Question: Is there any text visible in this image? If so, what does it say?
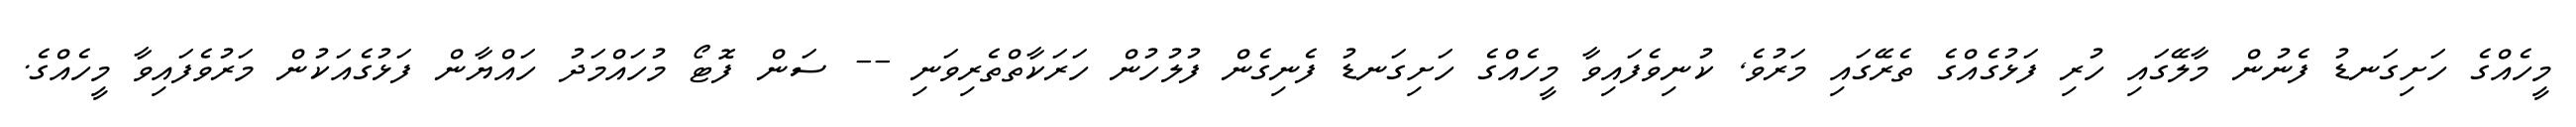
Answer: މީހެއްގެ ހަށިގަނޑު ފެނުން މާލޭގައި ހުރި ފަޅުގެއްގެ ތެރޭގައި މަރުވެ, ކުނިވެފައިވާ މީހެއްގެ ހަށިގަނޑު ފެނިގެން ފުލުހުން ހަރަކާތްތެރިވަނި -- ސަން ފޮޓޯ މުހައްމަދު ހައްޔާން ފަޅުގެއަކުން މަރުވެފައިވާ މީހެއްގެ.